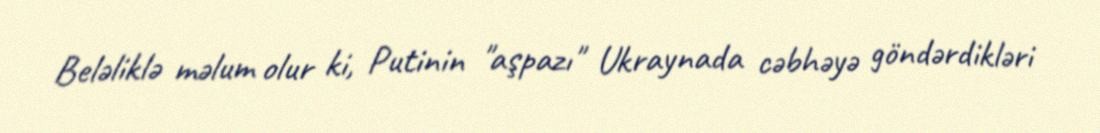
Beləliklə məlum olur ki, Putinin "aşpazı" Ukraynada cəbhəyə göndərdikləri